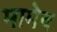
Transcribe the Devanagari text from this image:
मामेव